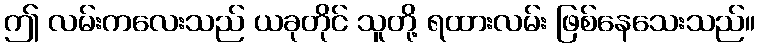
ဤ လမ်းကလေးသည် ယခုတိုင် သူတို့ ရထားလမ်း ဖြစ်နေသေးသည်။